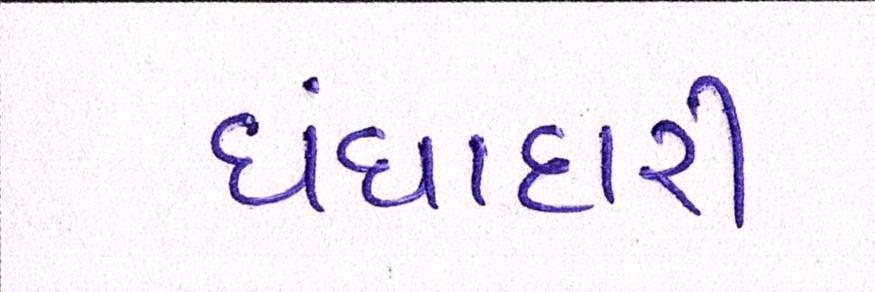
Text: ધંધાદારી